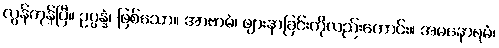
လွန်ကုန်ပြီ။ ဥပ္ပန္နံ၊ ဖြစ်သော။ အာဗာဓံ၊ ဖျားနာခြင်းကိုလည်းကောင်း။ အမနောရမံ၊